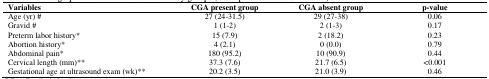
| Variables | CGA present group | CGA absent group | p-value |
 | --- | --- | --- | --- |
 | Age (yr) # | 27 (24-31.5) | 29 (27-38) | 0.06 |
 | Gravid # | 1 (1-2) | 2 (1-3) | 0.17 |
 | Preterm labor history* | 15 (7.9) | 2 (18.2) | 0.23 |
 | Abortion history* | 4 (2.1) | 0 (0.0) | 0.79 |
 | Abdominal pain* | 180 (95.2) | 10 (90.9) | 0.44 |
 | Cervical length (mm)** | 37.3 (7.6) | 21.7 (6.5) | <0.001 |
 | Gestational age at ultrasound exam (wk)** | 20.2 (3.5) | 21.0 (3.9) | 0.46 |